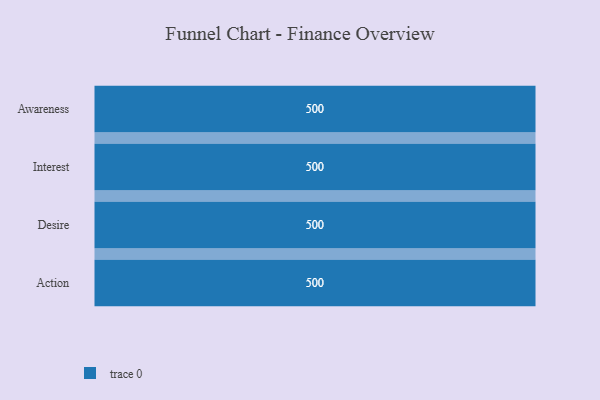
{"axis": {"x": "Stage", "y": "Value"}, "legend": [""], "data": [{"x": "Awareness", "y": 500, "type": ""}, {"x": "Interest", "y": 500, "type": ""}, {"x": "Desire", "y": 500, "type": ""}, {"x": "Action", "y": 500, "type": ""}]}